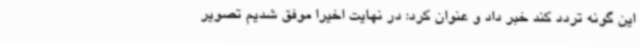
این گونه تردد کند خبر داد و عنوان کرد: در نهایت اخیرا موفق شدیم تصویر